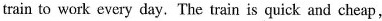
train to work every day.The train is quick and cheap,